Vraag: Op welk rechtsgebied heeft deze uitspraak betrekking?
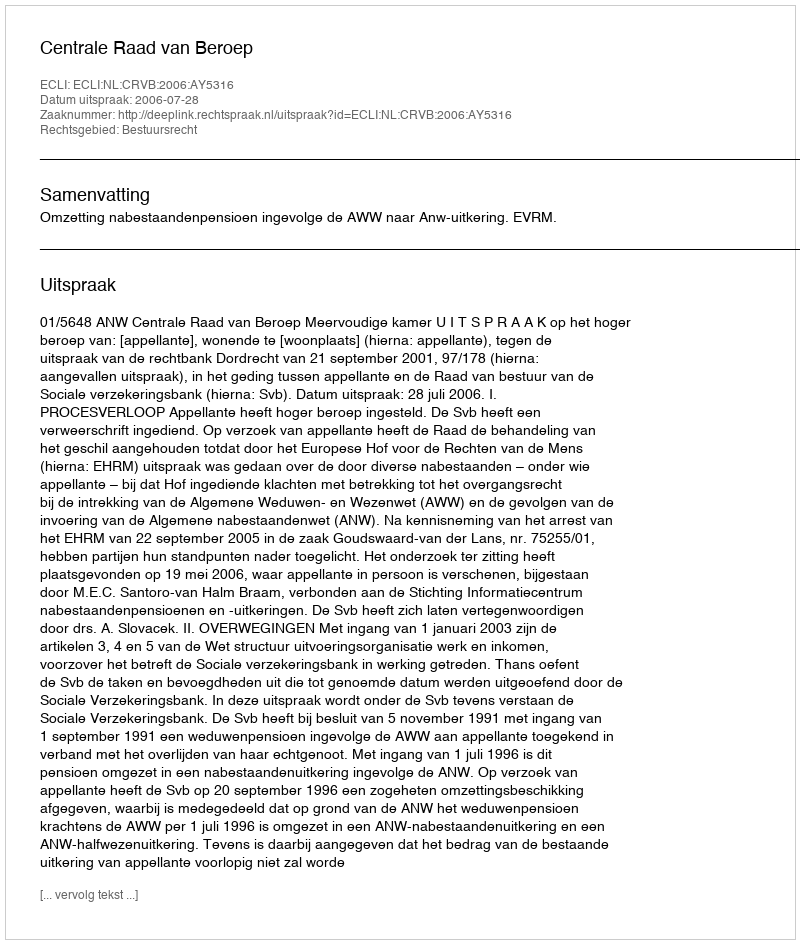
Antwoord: Bestuursrecht